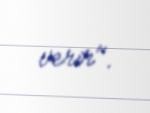
verir".